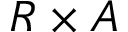
R \times A